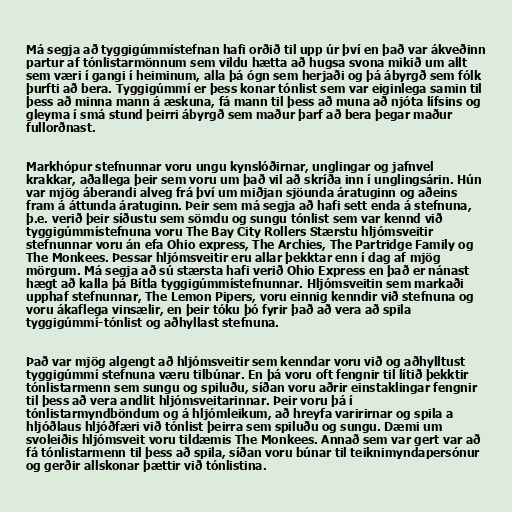
Má segja að tyggigúmmístefnan hafi orðið til upp úr því en það var ákveðinn
partur af tónlistarmönnum sem vildu hætta að hugsa svona mikið um allt
sem væri í gangi í heiminum, alla þá ógn sem herjaði og þá ábyrgð sem fólk
þurfti að bera. Tyggigúmmí er þess konar tónlist sem var eiginlega samin til
þess að minna mann á æskuna, fá mann til þess að muna að njóta lífsins og
gleyma í smá stund þeirri ábyrgð sem maður þarf að bera þegar maður
fullorðnast.

Markhópur stefnunnar voru ungu kynslóðirnar, unglingar og jafnvel
krakkar, aðallega þeir sem voru um það vil að skríða inn í unglingsárin. Hún
var mjög áberandi alveg frá því um miðjan sjöunda áratuginn og aðeins
fram á áttunda áratuginn. Þeir sem má segja að hafi sett enda á stefnuna,
þ.e. verið þeir síðustu sem sömdu og sungu tónlist sem var kennd við
tyggigúmmístefnuna voru The Bay City Rollers Stærstu hljómsveitir
stefnunnar voru án efa Ohio express, The Archies, The Partridge Family og
The Monkees. Þessar hljómsveitir eru allar þekktar enn í dag af mjög
mörgum. Má segja að sú stærsta hafi verið Ohio Express en það er nánast
hægt að kalla þá Bítla tyggigúmmístefnunnar. Hljómsveitin sem markaði
upphaf stefnunnar, The Lemon Pipers, voru einnig kenndir við stefnuna og
voru ákaflega vinsælir, en þeir tóku þó fyrir það að vera að spila
tyggigúmmí-tónlist og aðhyllast stefnuna.

Það var mjög algengt að hljómsveitir sem kenndar voru við og aðhylltust
tyggigúmmí stefnuna væru tilbúnar. En þá voru oft fengnir til lítið þekktir
tónlistarmenn sem sungu og spiluðu, síðan voru aðrir einstaklingar fengnir
til þess að vera andlit hljómsveitarinnar. Þeir voru þá í
tónlistarmyndböndum og á hljómleikum, að hreyfa varirirnar og spila a
hljóðlaus hljóðfæri við tónlist þeirra sem spiluðu og sungu. Dæmi um
svoleiðis hljómsveit voru tildæmis The Monkees. Annað sem var gert var að
fá tónlistarmenn til þess að spila, síðan voru búnar til teiknimyndapersónur
og gerðir allskonar þættir við tónlistina.